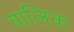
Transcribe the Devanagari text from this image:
वालिक